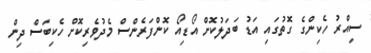
ސިއްރު ހެކިންގެ ގޮތުގައި އަޑު ބަދަލުކޮށް އޯޑިއޯ ކޮންފަރެންސް މެދުވެރިކޮށް ހެކިބަސް ދިން